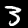
Digit: 3